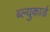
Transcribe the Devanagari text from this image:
ब्ल्युकार्ड